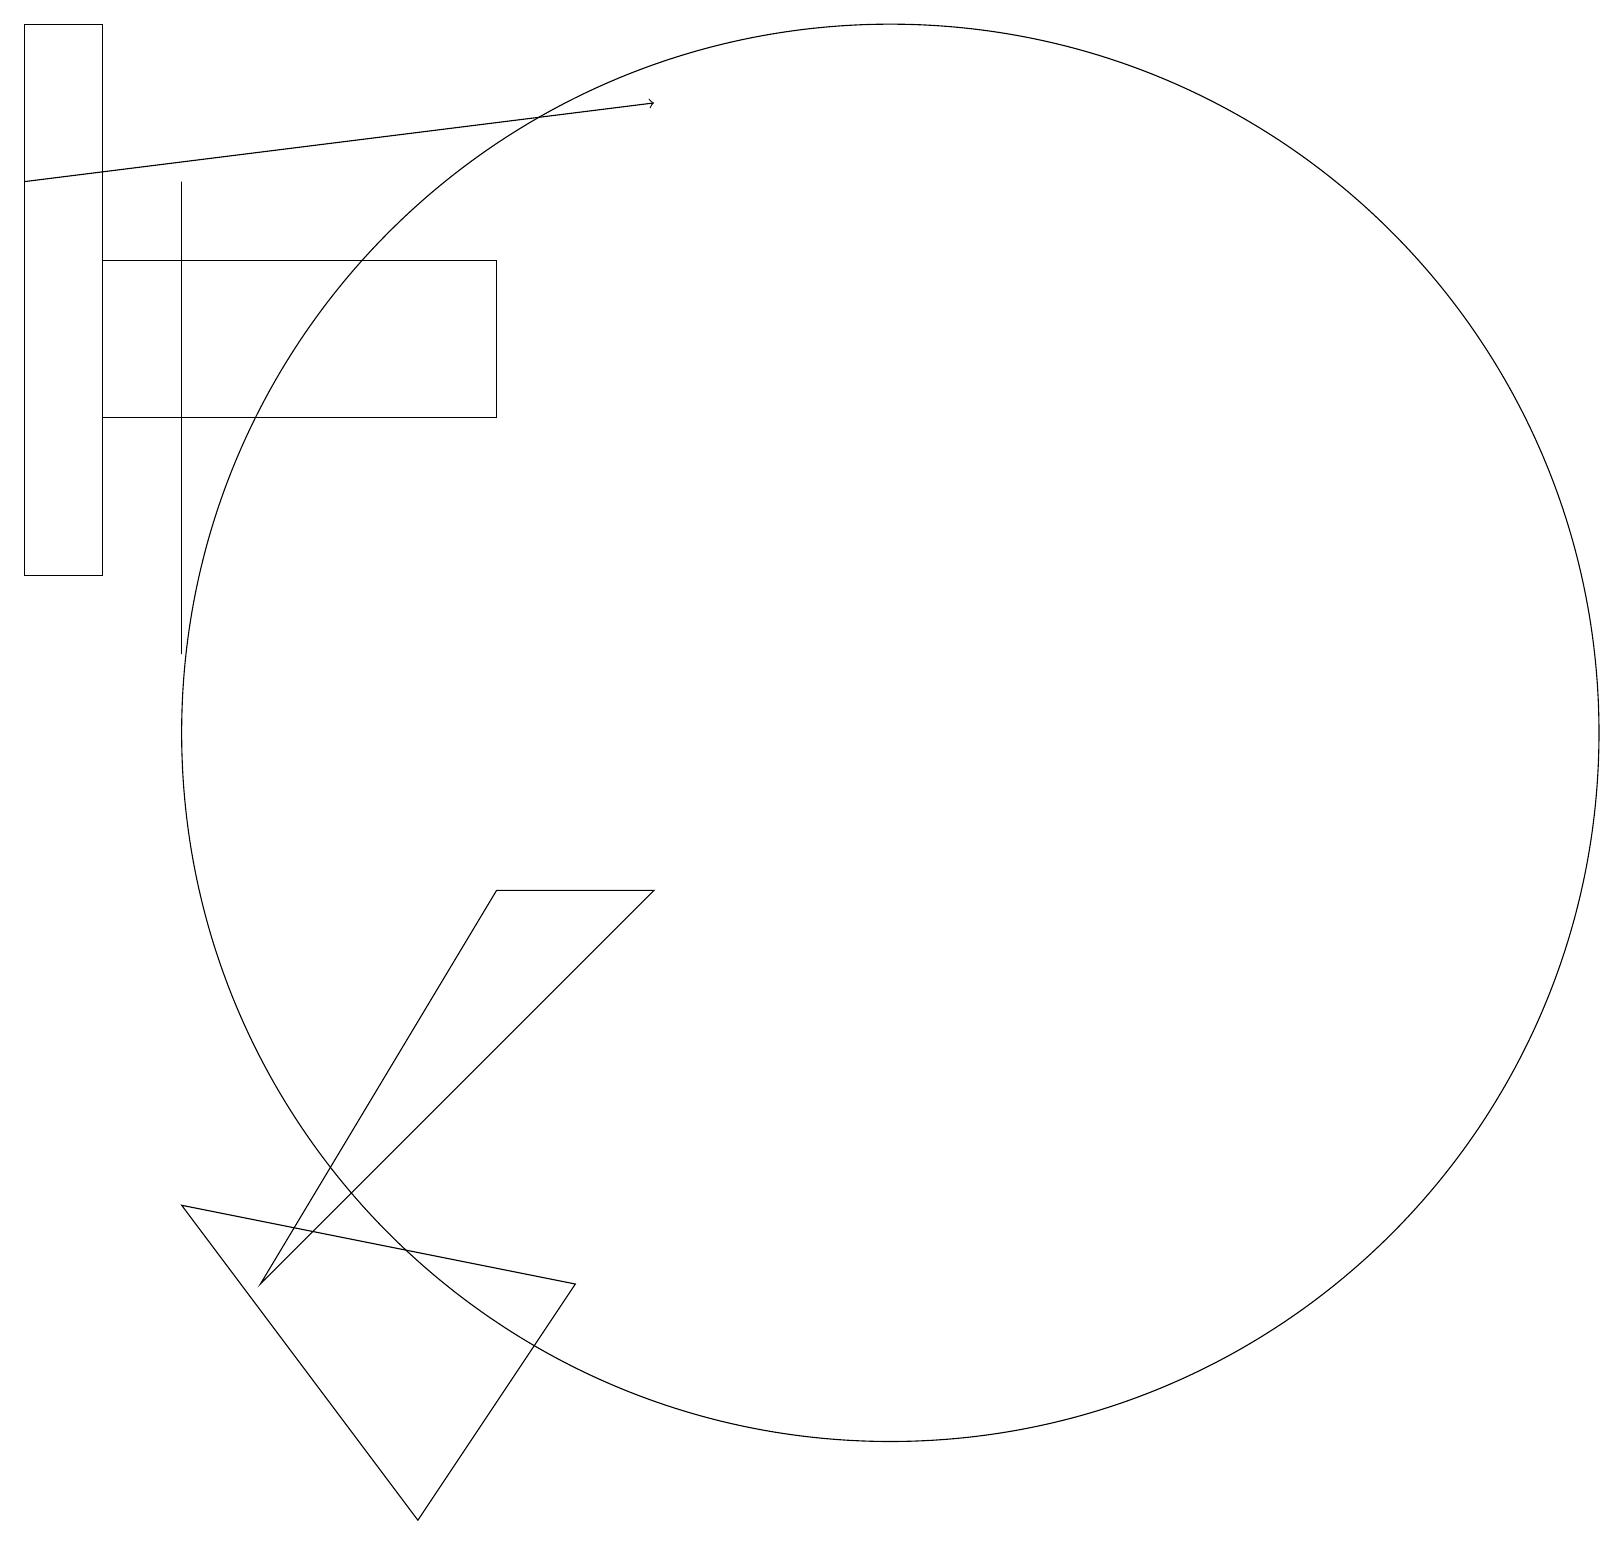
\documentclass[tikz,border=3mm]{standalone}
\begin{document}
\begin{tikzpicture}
\draw (2,17) rectangle (2,11);
\draw (0,19) rectangle (1,12);
\draw (11,10) circle (9);
\draw (6,14) rectangle (1,16);
\draw (6,8) -- (3,3) -- (8,8) -- cycle;
\draw[->] (0,17) -- (8,18);
\draw (2,4) -- (7,3) -- (5,0) -- cycle;
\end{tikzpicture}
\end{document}